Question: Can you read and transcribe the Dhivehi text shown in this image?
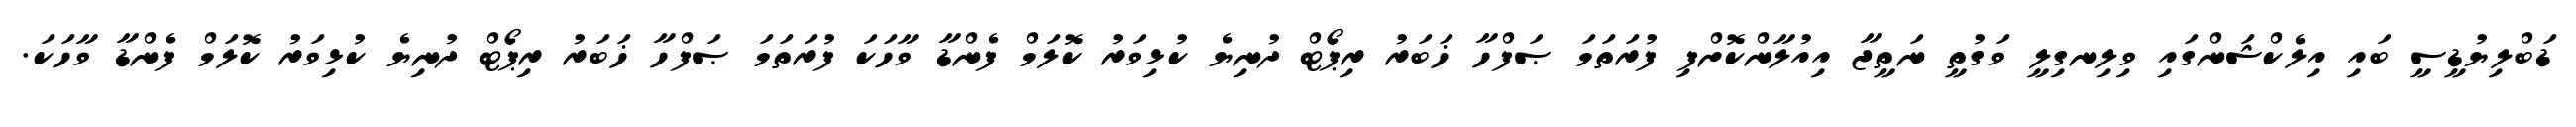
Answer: ޑަބްލިޔުޑީސީ ބައި އިލެކްޝަންގައި ވިލިނގިލީ ވަގުތީ ނަތީޖާ އިއުލާންކޮށްފި ފުރަތަމަ ޞަފްހާ ޚަބަރު ރިޕޯޓް ދުނިޔެ ކުޅިވަރު ކޮލަމް ފެންޑާ ވާހަކަ ފުރަތަމަ ޞަފްހާ ޚަބަރު ރިޕޯޓް ދުނިޔެ ކުޅިވަރު ކޮލަމް ފެންޑާ ވާހަކަ.